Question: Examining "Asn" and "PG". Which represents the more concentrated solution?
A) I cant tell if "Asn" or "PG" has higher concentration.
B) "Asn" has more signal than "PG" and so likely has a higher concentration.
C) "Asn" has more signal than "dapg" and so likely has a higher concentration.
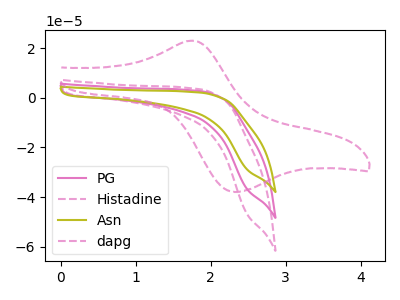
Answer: <think>The pink curve "PG" has no peaks. The pink dashed curve "Histadine" has no peaks. The olive curve "Asn" has no peaks. The pink dashed curve "dapg" has an anodic peak at (1.75V, 23.05uA) and a cathodic peak at (2.35V, -37.90uA).
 Neither "Asn" or "PG" have any peaks.</think>
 <answer>A) I cant tell if "Asn" or "PG" has higher concentration.</answer>
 <eval>A</eval>